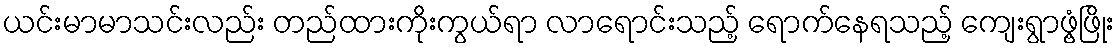
ယင်းမာမာသင်းလည်း တည်ထားကိုးကွယ်ရာ လာရောင်းသည့် ရောက်နေရသည့် ကျေးရွာဖွံ့ဖြိုး